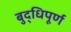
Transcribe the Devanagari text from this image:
बुद्धिपूर्ण